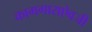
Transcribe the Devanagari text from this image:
कामगाराऐवजी